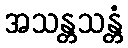
အသန္တသန္တံ